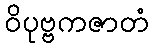
ဝိပုဗ္ဗကဇာတံ